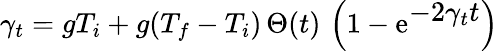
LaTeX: \gamma_{t}=gT_{i}+g(T_{f}-T_{i})\, \Theta(t)\, \left(1-{\mathrm e}^{{\displaystyle-2\gamma_{t}t}}\right)